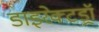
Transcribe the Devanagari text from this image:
डाइरेक्टड्रॉ